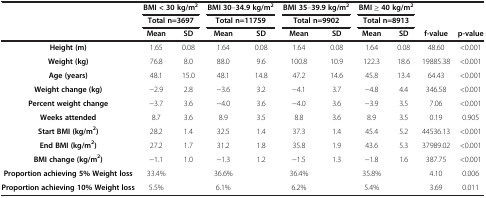
<table><thead><tr><td rowspan="3"><b> </b></td><td colspan="2"><b>BMI &lt; 30 kg/m<sup>2</sup></b></td><td colspan="2"><b>BMI 30–34.9 kg/m<sup>2</sup></b></td><td colspan="2"><b>BMI 35–39.9 kg/m<sup>2</sup></b></td><td colspan="2"><b>BMI ≥ 40 kg/m<sup>2</sup></b></td><td><b> </b></td><td><b> </b></td></tr><tr><td colspan="2"><b>Total n=3697</b></td><td colspan="2"><b>Total n=11759</b></td><td colspan="2"><b>Total n=9902</b></td><td colspan="2"><b>Total n=8913</b></td><td><b> </b></td><td><b> </b></td></tr><tr><td><b>Mean</b></td><td><b>SD</b></td><td><b>Mean</b></td><td><b>SD</b></td><td><b>Mean</b></td><td><b>SD</b></td><td><b>Mean</b></td><td><b>SD</b></td><td><b>f-value</b></td><td><b>p-value</b></td></tr></thead><tbody><tr><td><b>Height (m)</b></td><td>1.65</td><td>0.08</td><td>1.64</td><td>0.08</td><td>1.64</td><td>0.08</td><td>1.64</td><td>0.08</td><td>48.60</td><td>&lt;0.001</td></tr><tr><td><b>Weight (kg)</b></td><td>76.8</td><td>8.0</td><td>88.0</td><td>9.6</td><td>100.8</td><td>10.9</td><td>122.3</td><td>18.6</td><td>19885.38</td><td>&lt;0.001</td></tr><tr><td><b>Age (years)</b></td><td>48.1</td><td>15.0</td><td>48.1</td><td>14.8</td><td>47.2</td><td>14.6</td><td>45.8</td><td>13.4</td><td>64.43</td><td>&lt;0.001</td></tr><tr><td><b>Weight change (kg)</b></td><td>−2.9</td><td>2.8</td><td>−3.6</td><td>3.2</td><td>−4.1</td><td>3.7</td><td>−4.8</td><td>4.4</td><td>346.58</td><td>&lt;0.001</td></tr><tr><td><b>Percent weight change</b></td><td>−3.7</td><td>3.6</td><td>−4.0</td><td>3.6</td><td>−4.0</td><td>3.6</td><td>−3.9</td><td>3.5</td><td>7.06</td><td>&lt;0.001</td></tr><tr><td><b>Weeks attended</b></td><td>8.7</td><td>3.6</td><td>8.9</td><td>3.5</td><td>8.8</td><td>3.6</td><td>8.9</td><td>3.5</td><td>0.19</td><td>0.905</td></tr><tr><td><b>Start BMI (kg/m</b><sup><b>2</b></sup><b>)</b></td><td>28.2</td><td>1.4</td><td>32.5</td><td>1.4</td><td>37.3</td><td>1.4</td><td>45.4</td><td>5.2</td><td>44536.13</td><td>&lt;0.001</td></tr><tr><td><b>End BMI (kg/m</b><sup><b>2</b></sup><b>)</b></td><td>27.2</td><td>1.7</td><td>31.2</td><td>1.8</td><td>35.8</td><td>1.9</td><td>43.6</td><td>5.3</td><td>37989.02</td><td>&lt;0.001</td></tr><tr><td><b>BMI change (kg/m</b><sup><b>2</b></sup><b>)</b></td><td>−1.1</td><td>1.0</td><td>−1.3</td><td>1.2</td><td>−1.5</td><td>1.3</td><td>−1.8</td><td>1.6</td><td>387.75</td><td>&lt;0.001</td></tr><tr><td><b>Proportion achieving 5% Weight loss</b></td><td>33.4%</td><td> </td><td>36.6%</td><td> </td><td>36.4%</td><td> </td><td>35.8%</td><td> </td><td>4.10</td><td>0.006</td></tr><tr><td><b>Proportion achieving 10% Weight loss</b></td><td>5.5%</td><td> </td><td>6.1%</td><td> </td><td>6.2%</td><td> </td><td>5.4%</td><td> </td><td>3.69</td><td>0.011</td></tr></tbody></table>